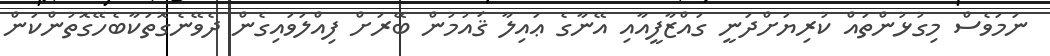
ނަމަވެސް މިގުޅުންތައް ކުރިޔަށްދަނީ ގައްޒާފީއާއި އޭނާގެ ޢައިލާ ޤައުމުން ބޭރަށް ފިއްލަވައިގެން ދެވޭނެގޮތަކާބެހޭގޮތުންކަން